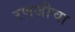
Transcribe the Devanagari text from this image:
रणजीचा